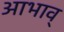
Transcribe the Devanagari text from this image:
आभाव्